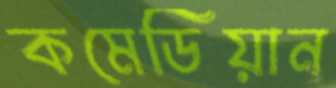
কমেডিয়ান